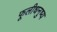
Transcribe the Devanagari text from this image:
फूलीधनुष्य